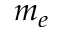
m _ { e }